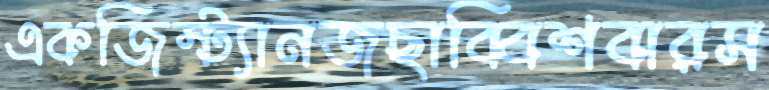
একজিস্ট্যানজছাব্বিশবারস